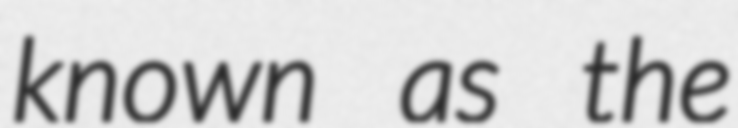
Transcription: known as the